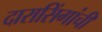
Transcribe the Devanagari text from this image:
दारासिंगांची